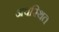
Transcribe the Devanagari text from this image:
अवस्‍थित